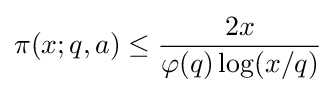
\pi (x;q,a)\leq {2x \over \varphi (q)\log(x/q)}